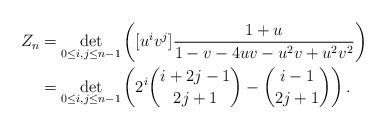
LaTeX: \begin{align*}Z_n&=\det_{0\le i,j\le n-1}\left([u^iv^j]\frac{1+u}{1 - v - 4uv - u^2v + u^2v^2}\right)\\&=\det_{0\le i,j\le n-1}\left(2^i\binom {i+2j-1}{2j+1}-\binom {i-1}{2j+1}\right). \end{align*}